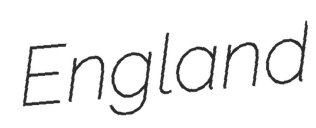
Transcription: England